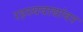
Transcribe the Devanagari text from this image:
रहस्यवाद्यांवर